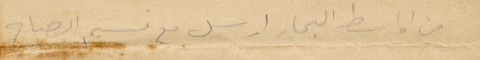
من أواسط البحار ارسل مع نسيم الصباح